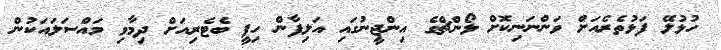
ހުޅުލޭ ފަޅުތެރެއަށް ވަންނަނިކޮށް ލޯންޗްގެ އިންޖީނުގައި އަލިފާން ހިފީ ބެޓެރިއަށް ދިމާވި މައްސަލައަކުން